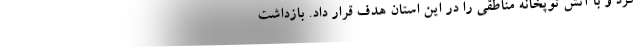
کرد و با آتش توپخانه مناطقی را در این استان هدف قرار داد. بازداشت